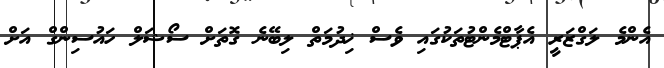
އެންމެ ލަގްޒަރީ އެޕާޓްމެންޓުތަކުގައި ވެސް ޚިދުމަތް ލިބޭނެ ގޮތަށް ސޯޝަލް ހައުސިންގް އަށް